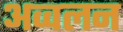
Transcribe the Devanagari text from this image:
अव्वलन